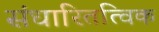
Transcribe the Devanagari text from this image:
संधारितत्विक